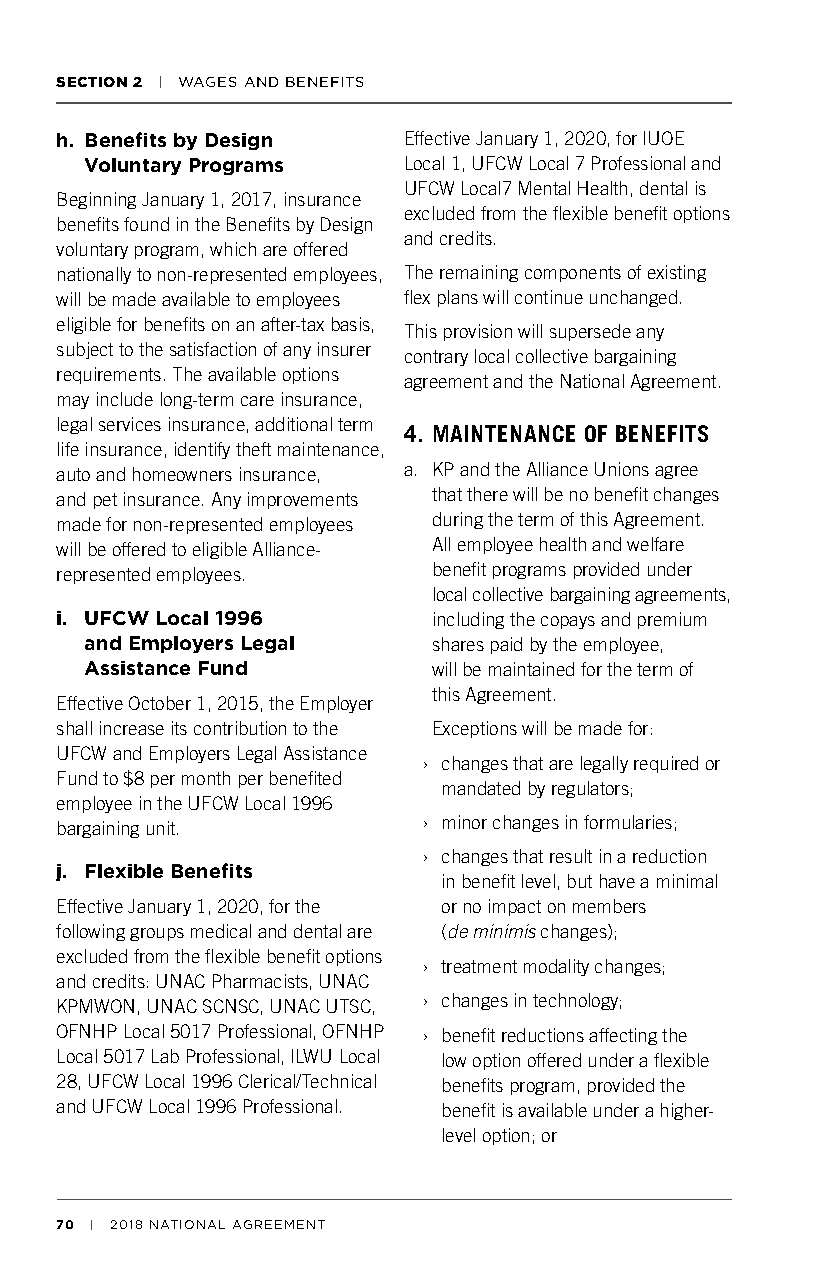
SECTION 2 | WAGES AND BENEFITS
 h. Benefits by Design  Effective January 1, 2020, for IUOE
 Voluntary Programs   Local 1, UFCW Local 7 Professional and
 UFCW Local7 Mental Health, dental is
 Beginning January 1, 2017, insurance
 excluded from the flexible benefit options
 benefits found in the Benefits by Design
 and credits.
 voluntary program, which are offered
 nationally to non-represented employees, The remaining components of existing
 will be made available to employees flex plans will continue unchanged.
 eligible for benefits on an after-tax basis,
 This provision will supersede any
 subject to the satisfaction of any insurer
 contrary local collective bargaining
 requirements. The available options
 agreement and the National Agreement.
 may include long-term care insurance,
 legal services insurance, additional term
 4. MAINTENANCE OF BENEFITS
 life insurance, identify theft maintenance,
 auto and homeowners insurance, a. KP and the Alliance Unions agree
 and pet insurance. Any improvements that there will be no benefit changes
 made for non-represented employees during the term of this Agreement.
 will be offered to eligible Alliance- All employee health and welfare
 represented employees.   benefit programs provided under
 local collective bargaining agreements,
 i. UFCW Local 1996       including the copays and premium
 and Employers Legal    shares paid by the employee,
 Assistance Fund        will be maintained for the term of
 this Agreement.
 Effective October 1, 2015, the Employer
 shall increase its contribution to the Exceptions will be made for:
 UFCW and Employers Legal Assistance
 › changes that are legally required or
 Fund to $8 per month per benefited
 mandated by regulators;
 employee in the UFCW Local 1996
 bargaining unit.        › minor changes in formularies;
 › changes that result in a reduction
 j. Flexible Benefits
 in benefit level, but have a minimal
 Effective January 1, 2020, for the or no impact on members
 following groups medical and dental are (de minimis changes);
 excluded from the flexible benefit options
 › treatment modality changes;
 and credits: UNAC Pharmacists, UNAC
 KPMWON, UNAC SCNSC, UNAC UTSC, › changes in technology;
 OFNHP Local 5017 Professional, OFNHP › benefit reductions affecting the
 Local 5017 Lab Professional, ILWU Local low option offered under a flexible
 28, UFCW Local 1996 Clerical/Technical benefits program, provided the
 and UFCW Local 1996 Professional. benefit is available under a higher-
 level option; or
 70 | 2018 NATIONAL AGREEMENT